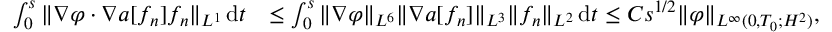
\begin{array} { r l } { \int _ { 0 } ^ { s } \| \nabla \varphi \cdot \nabla a [ f _ { n } ] f _ { n } \| _ { L ^ { 1 } } \, \mathrm { d } t } & { \le \int _ { 0 } ^ { s } \| \nabla \varphi \| _ { L ^ { 6 } } \| \nabla a [ f _ { n } ] \| _ { L ^ { 3 } } \| f _ { n } \| _ { L ^ { 2 } } \, \mathrm { d } t \le C s ^ { 1 / 2 } \| \varphi \| _ { L ^ { \infty } ( 0 , T _ { 0 } ; H ^ { 2 } ) } , } \end{array}